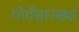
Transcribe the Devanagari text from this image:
गोगँसारख्या